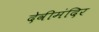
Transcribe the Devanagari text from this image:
देवीमंदिर